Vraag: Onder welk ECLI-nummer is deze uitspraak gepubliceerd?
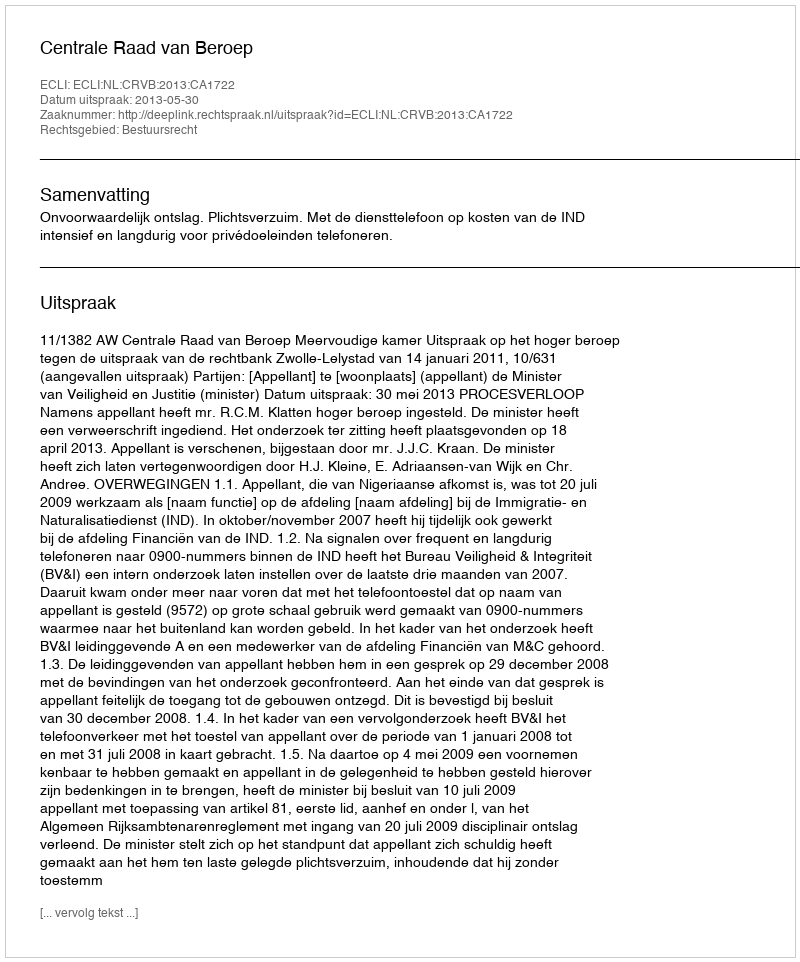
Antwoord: ECLI:NL:CRVB:2013:CA1722